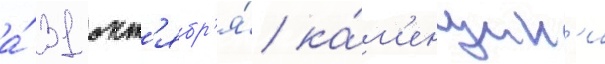
а́ 31 окт'ябр'я́ ка́м'енщик'и